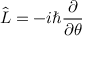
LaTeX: { \hat { L } } = - i \hbar { \frac { \partial } { \partial \theta } }